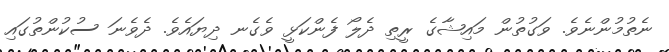
ނެތުމުންނެވެ. ވަގުތުން މައިޝާގެ ރީތި ދެލޯ ފެންކަޅީ ވެގެނ ދިޔައެވެ. ދެވެނަ ސުކުންތުގައި